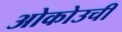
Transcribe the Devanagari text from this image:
ओकोउची